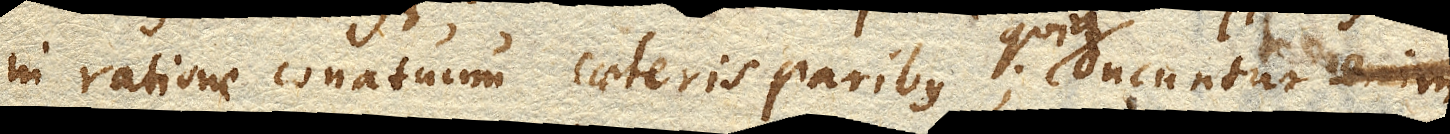
in ratione conatuum caeteris paribus; ducuntur enim quia ducuntur